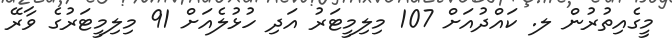
މީގެއިތުރުން ލ. ކައްދުއަށް 107 މިލިމީޓަރު އަދި ހުޅުލެއަށް 91 މިލިމީޓަރުގެ ވާރޭ